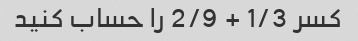
کسر 1/3 + 2/9 را حساب کنید